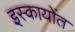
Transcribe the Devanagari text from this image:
इस्कायोंत